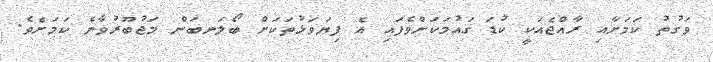
ވަގުތު ކަމަށާއި ރާއްޖެއަކީ ކުޑަ ގައުމަކަށްވެފައި އެ ފިޔަވަޅުތަކަށް ބޯލަނބަން މަޖުބޫރުވާނެ ކަމަށެވެ.